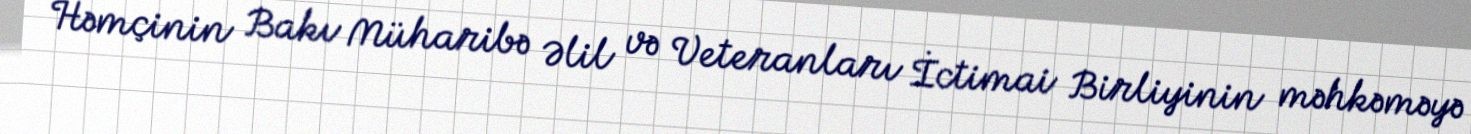
Həmçinin Bakı Müharibə Əlil və Veteranları İctimai Birliyinin məhkəməyə